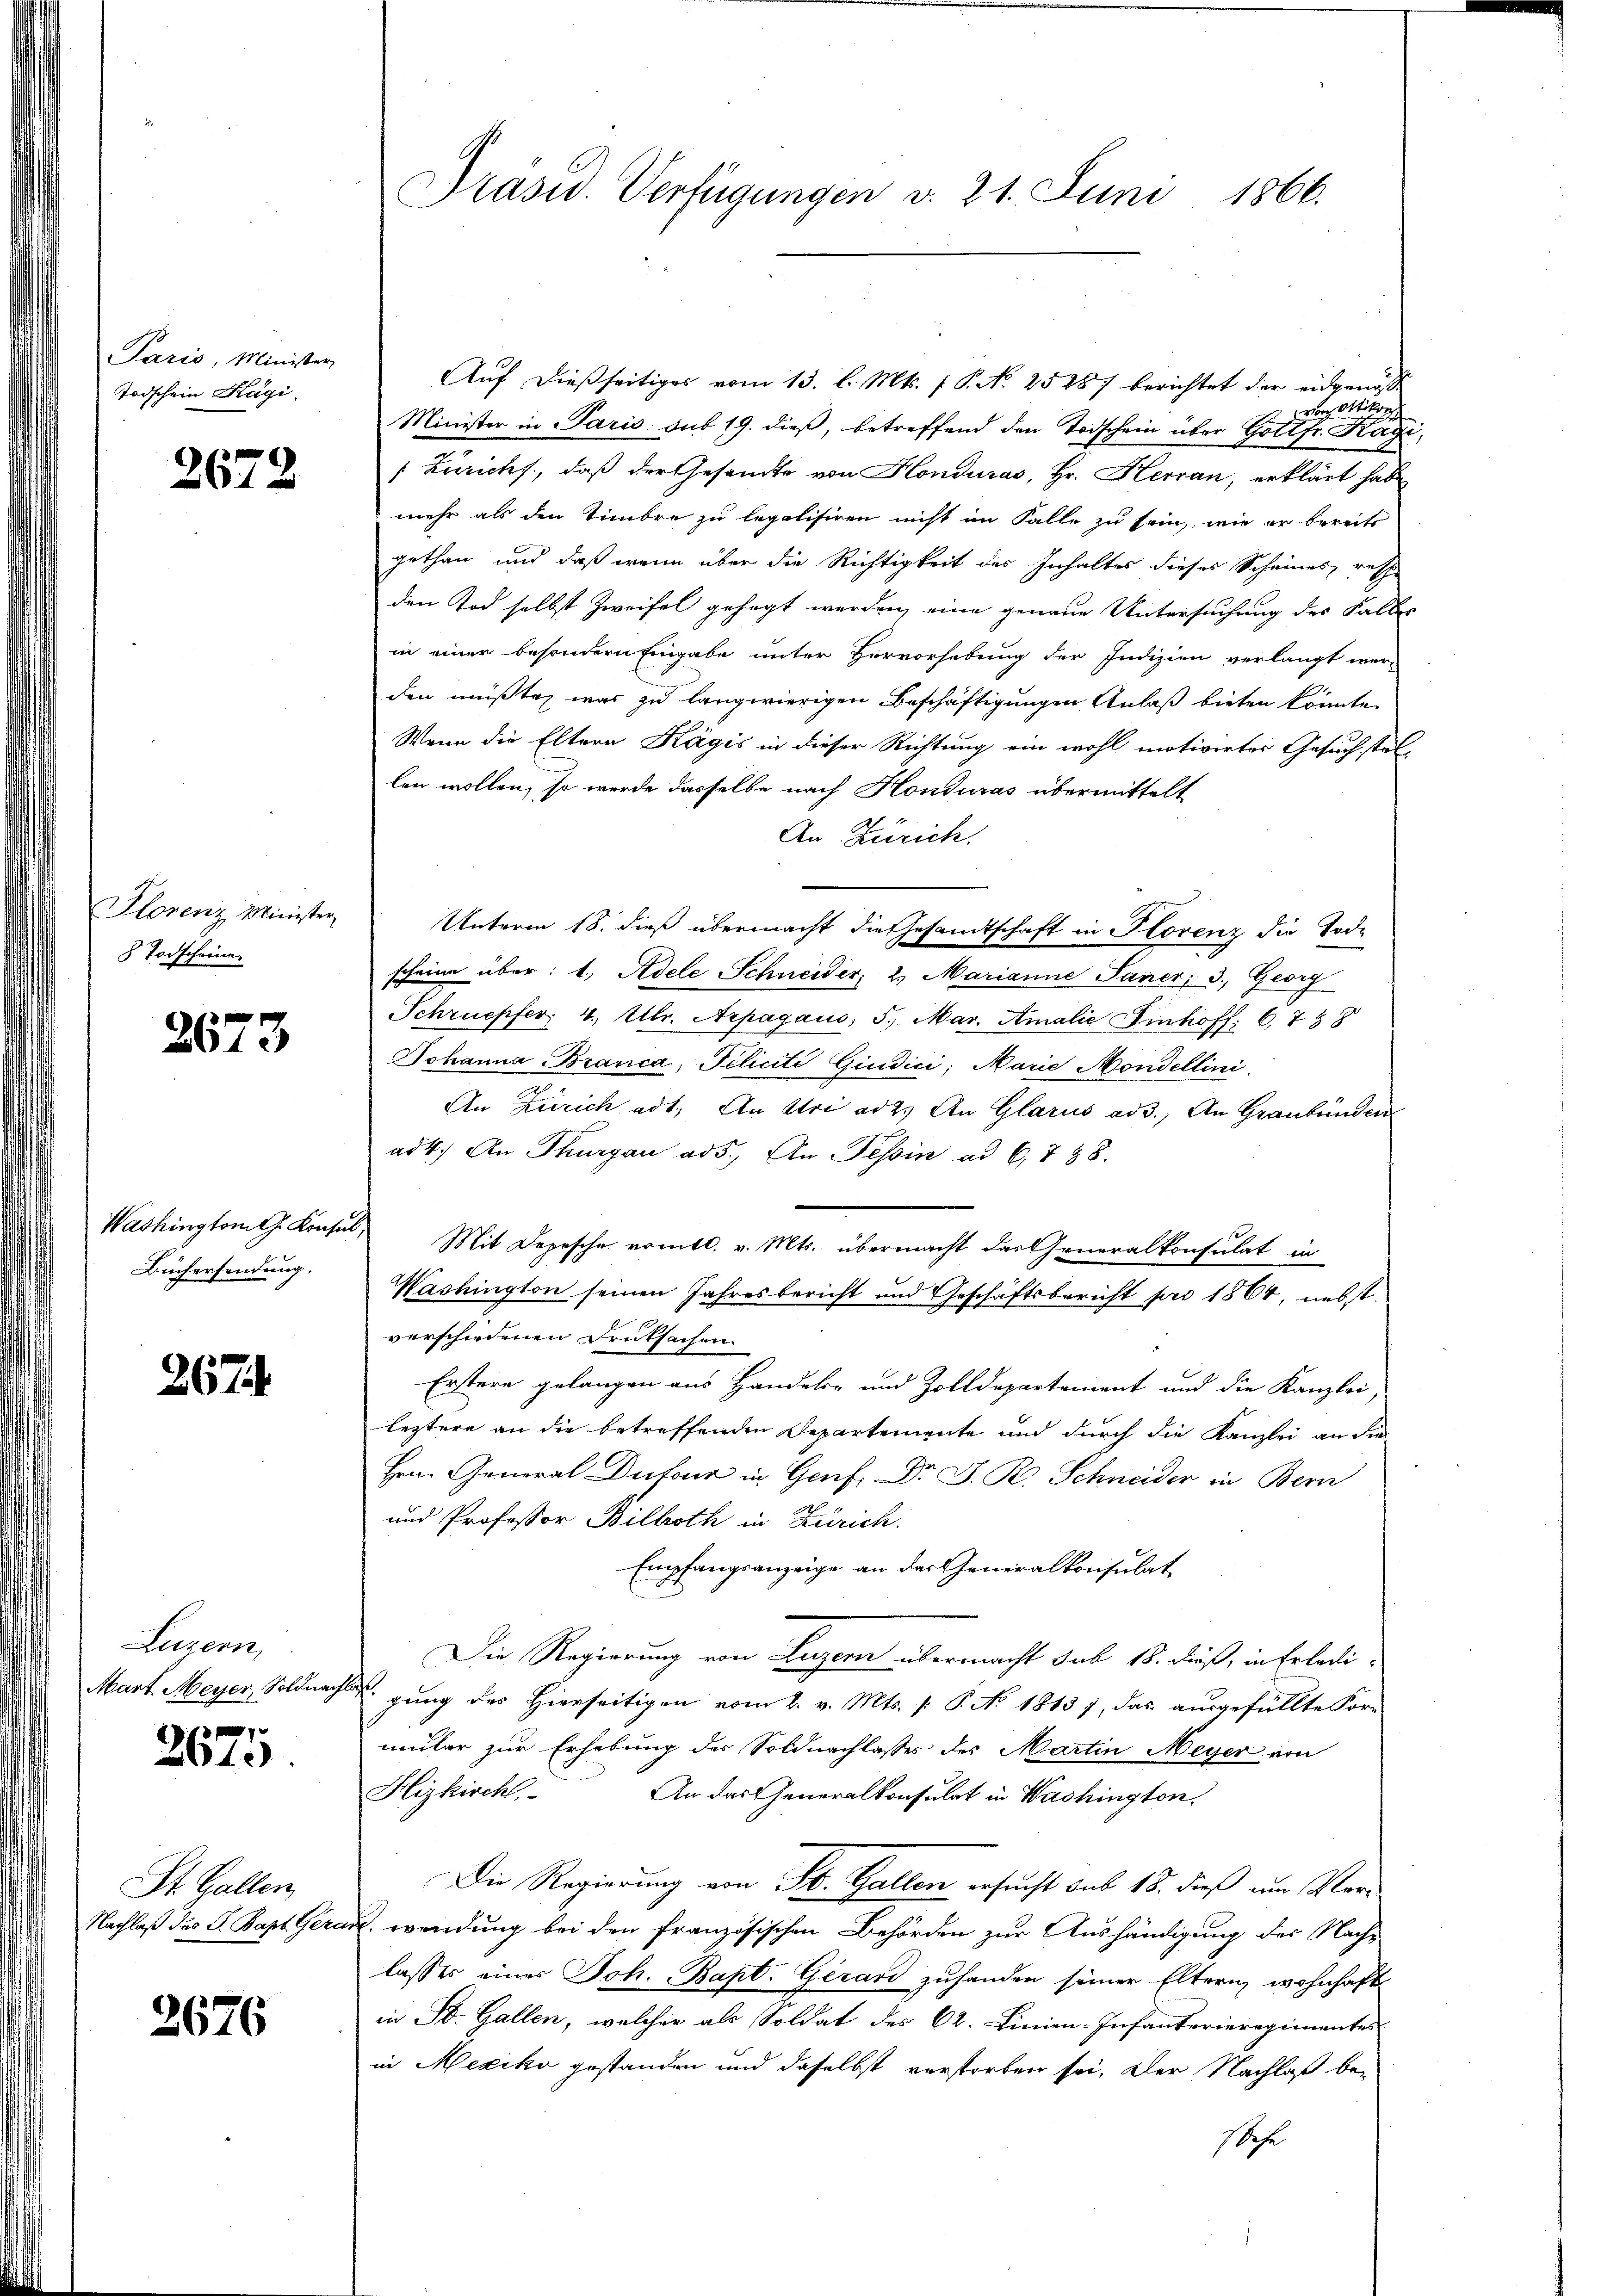
Paris, Minister
Todschein Kägi,

2672

Plorenz Minister
8 Todscheine

2673

Washington G. Konsul,
Büchersendung.

2674

Legern
Mart Meyer, Soldnachl

2675.

St. Gallen
Nachlaß des J. Bapt. Gera

2676

Präsid. Verfügungen d. 21. Juni 1866.

Auf dießseitiges vom 13. l. Mts. f. P. N. 25287 berichtet der eidgenoss
von Ottikon
Minister in Paris sub 19. dieß, betreffend den Todschein über Gottfr. Ragi,
: Zürichs, daß der Gesandte von Honduras, Hr. Herran, erklärt habe
mehr als den Timbre zu legalisiren nicht im Falle zu sein, wie er bereits
gethan und daß wenn über die Richtigkeit des Inhaltes dieses Scheines, resp
den Tod selbst Zweifel gehegt werden, eine genaue Untersuchung des Falles
in einer besondern Eingabe unter Hervorhebung der Indizien verlangt wer-
den müßte, was zu langwierigen Beschäftigungen Anlaß bieten könnte.
Wenn die Eltern Kägis in dieser Richtung ein wohl motivirtes Gesuchstellen wollen, so werde dasselbe nach Honduras übermittelt
An Zürich.
Unterm 18. dieß übermacht die Gesandtschaft in Florenz die Tode
scheine über: 1. Adele Schneider, 2. Marianne Paner, 3. Georg
Schruepfer, 4. Ubr. Arpagaus; 5. Mar. Amalie Imhoff. 6788
Johanna Branca, Pilicité Giudici, Marie Mondellini
An Zürich ad 1. An Uri ad 2. An Glarus ad 3., An Graubünden
ad 4.) An Thurgau ad 5. An Tessin ad 6788.
 Mit Depesche nomtl. v. Mts. übermacht das Generalkonsulat in
Washington seinen Jahresbericht und Geschäftsbericht pro 1864, nebst
verschiedenen Deutsachen.
Erstere gelangen aus Handels- und Zolldepartement und die Kanzlei,
leztere an die betreffenden Departemente und durch die Kanzlei an die
Hrn. General Dutour in Genf. Dr J. R. Schneider in Bern
und Professor Billroth in Zürich.
Empfangsanzeige an das Generalkonsulat
Die Regierung von Luzern übermacht sub 18. dieß, in Erledi-
gung des Hierseitigen vom 2. v. Mts. [: P. No 1813 1, das ausgefüllte For-
mmler zur Erhebung des Soldnachlasses des Martin Meyer von
Hizkirchl.
An das Generalkonsulat in Washington,
Die Regierung von St. Gallen ersucht sub 15. dieß um Ver-
J. wendung bei den französischen Behörden zur Aushändigung der Nach-
lasses eines Joh. Bapt. Geran zuhanden seiner Eltern, wohnhaft
in St. Gallen, welcher als Soldat des 62. Linien-Infanterieregimentes
in Mexiko gestanden und daselbst verstorben sei. Der Nachlaß be¬
Sche